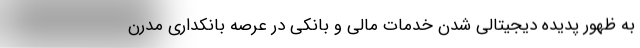
به ظهور پدیده دیجیتالی شدن خدمات مالی و بانکی در عرصه بانکداری مدرن